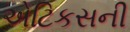
એટિકસની